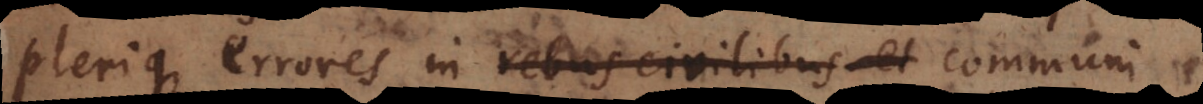
plerique errores in rebus civilibus et communi